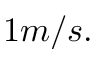
1 m / s .